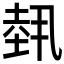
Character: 𡎐